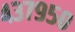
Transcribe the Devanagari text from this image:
४३७९५०